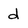
Character: d